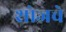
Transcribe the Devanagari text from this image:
शोजचे